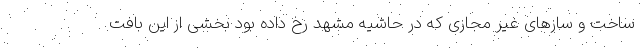
ساخت و سازهای غیر مجازی که در حاشیه مشهد رخ داده بود بخشی از این بافت